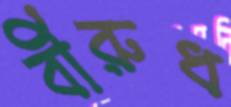
বীরুধ